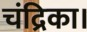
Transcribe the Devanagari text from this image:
चंद्रिका।